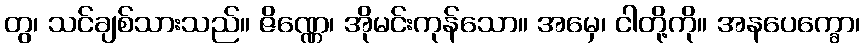
တွ၊ သင်ချစ်သားသည်။ ဇိဏ္ဏေ၊ အိုမင်းကုန်သော။ အမှေ၊ ငါတို့ကို။ အနပေက္ခော၊